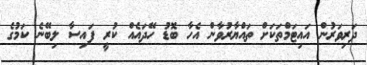
ދަރިވަރުން އައިޓަމްތަކަށް ތައްޔާރުވާން އެހާ ބޮޑު ހޭދައެއް ކުރީ ފައިސާ ލިބޭނެ ކަމުގެ